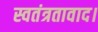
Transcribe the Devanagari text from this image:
स्वतंत्रतावाद।